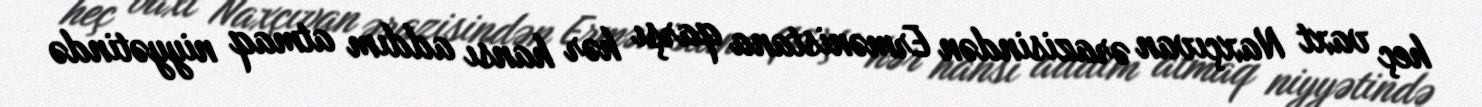
heç vaxt Naxçıvan ərazisindən Ermənistana qarşı hər hansı addım atmaq niyyətində